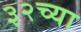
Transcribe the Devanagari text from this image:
३२च्या